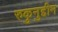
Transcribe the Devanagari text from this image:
रुकुनुद्दीन